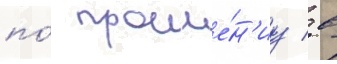
по́ проше́н'иу / в